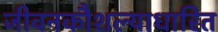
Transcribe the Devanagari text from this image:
जीवनकौशल्याधारित